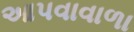
આપવાવાળા